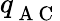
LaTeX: q_{\mathrm{~A~C~}}^{}